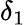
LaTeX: \delta_{1}